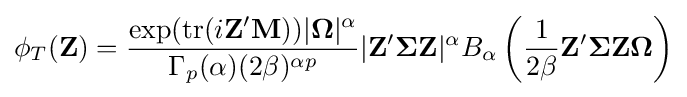
\phi _{T}(\mathbf {Z} )={\frac {\exp({\rm {tr}}(i\mathbf {Z} '\mathbf {M} ))|{\boldsymbol {\Omega }}|^{\alpha }}{\Gamma _{p}(\alpha )(2\beta )^{\alpha p}}}|\mathbf {Z} '{\boldsymbol {\Sigma }}\mathbf {Z} |^{\alpha }B_{\alpha }\left({\frac {1}{2\beta }}\mathbf {Z} '{\boldsymbol {\Sigma }}\mathbf {Z} {\boldsymbol {\Omega }}\right)